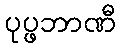
ပုပ္ဖဘာဏီ